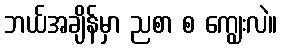
ဘယ်အချိန်မှာ ညစာ စ ကျွေးလဲ။